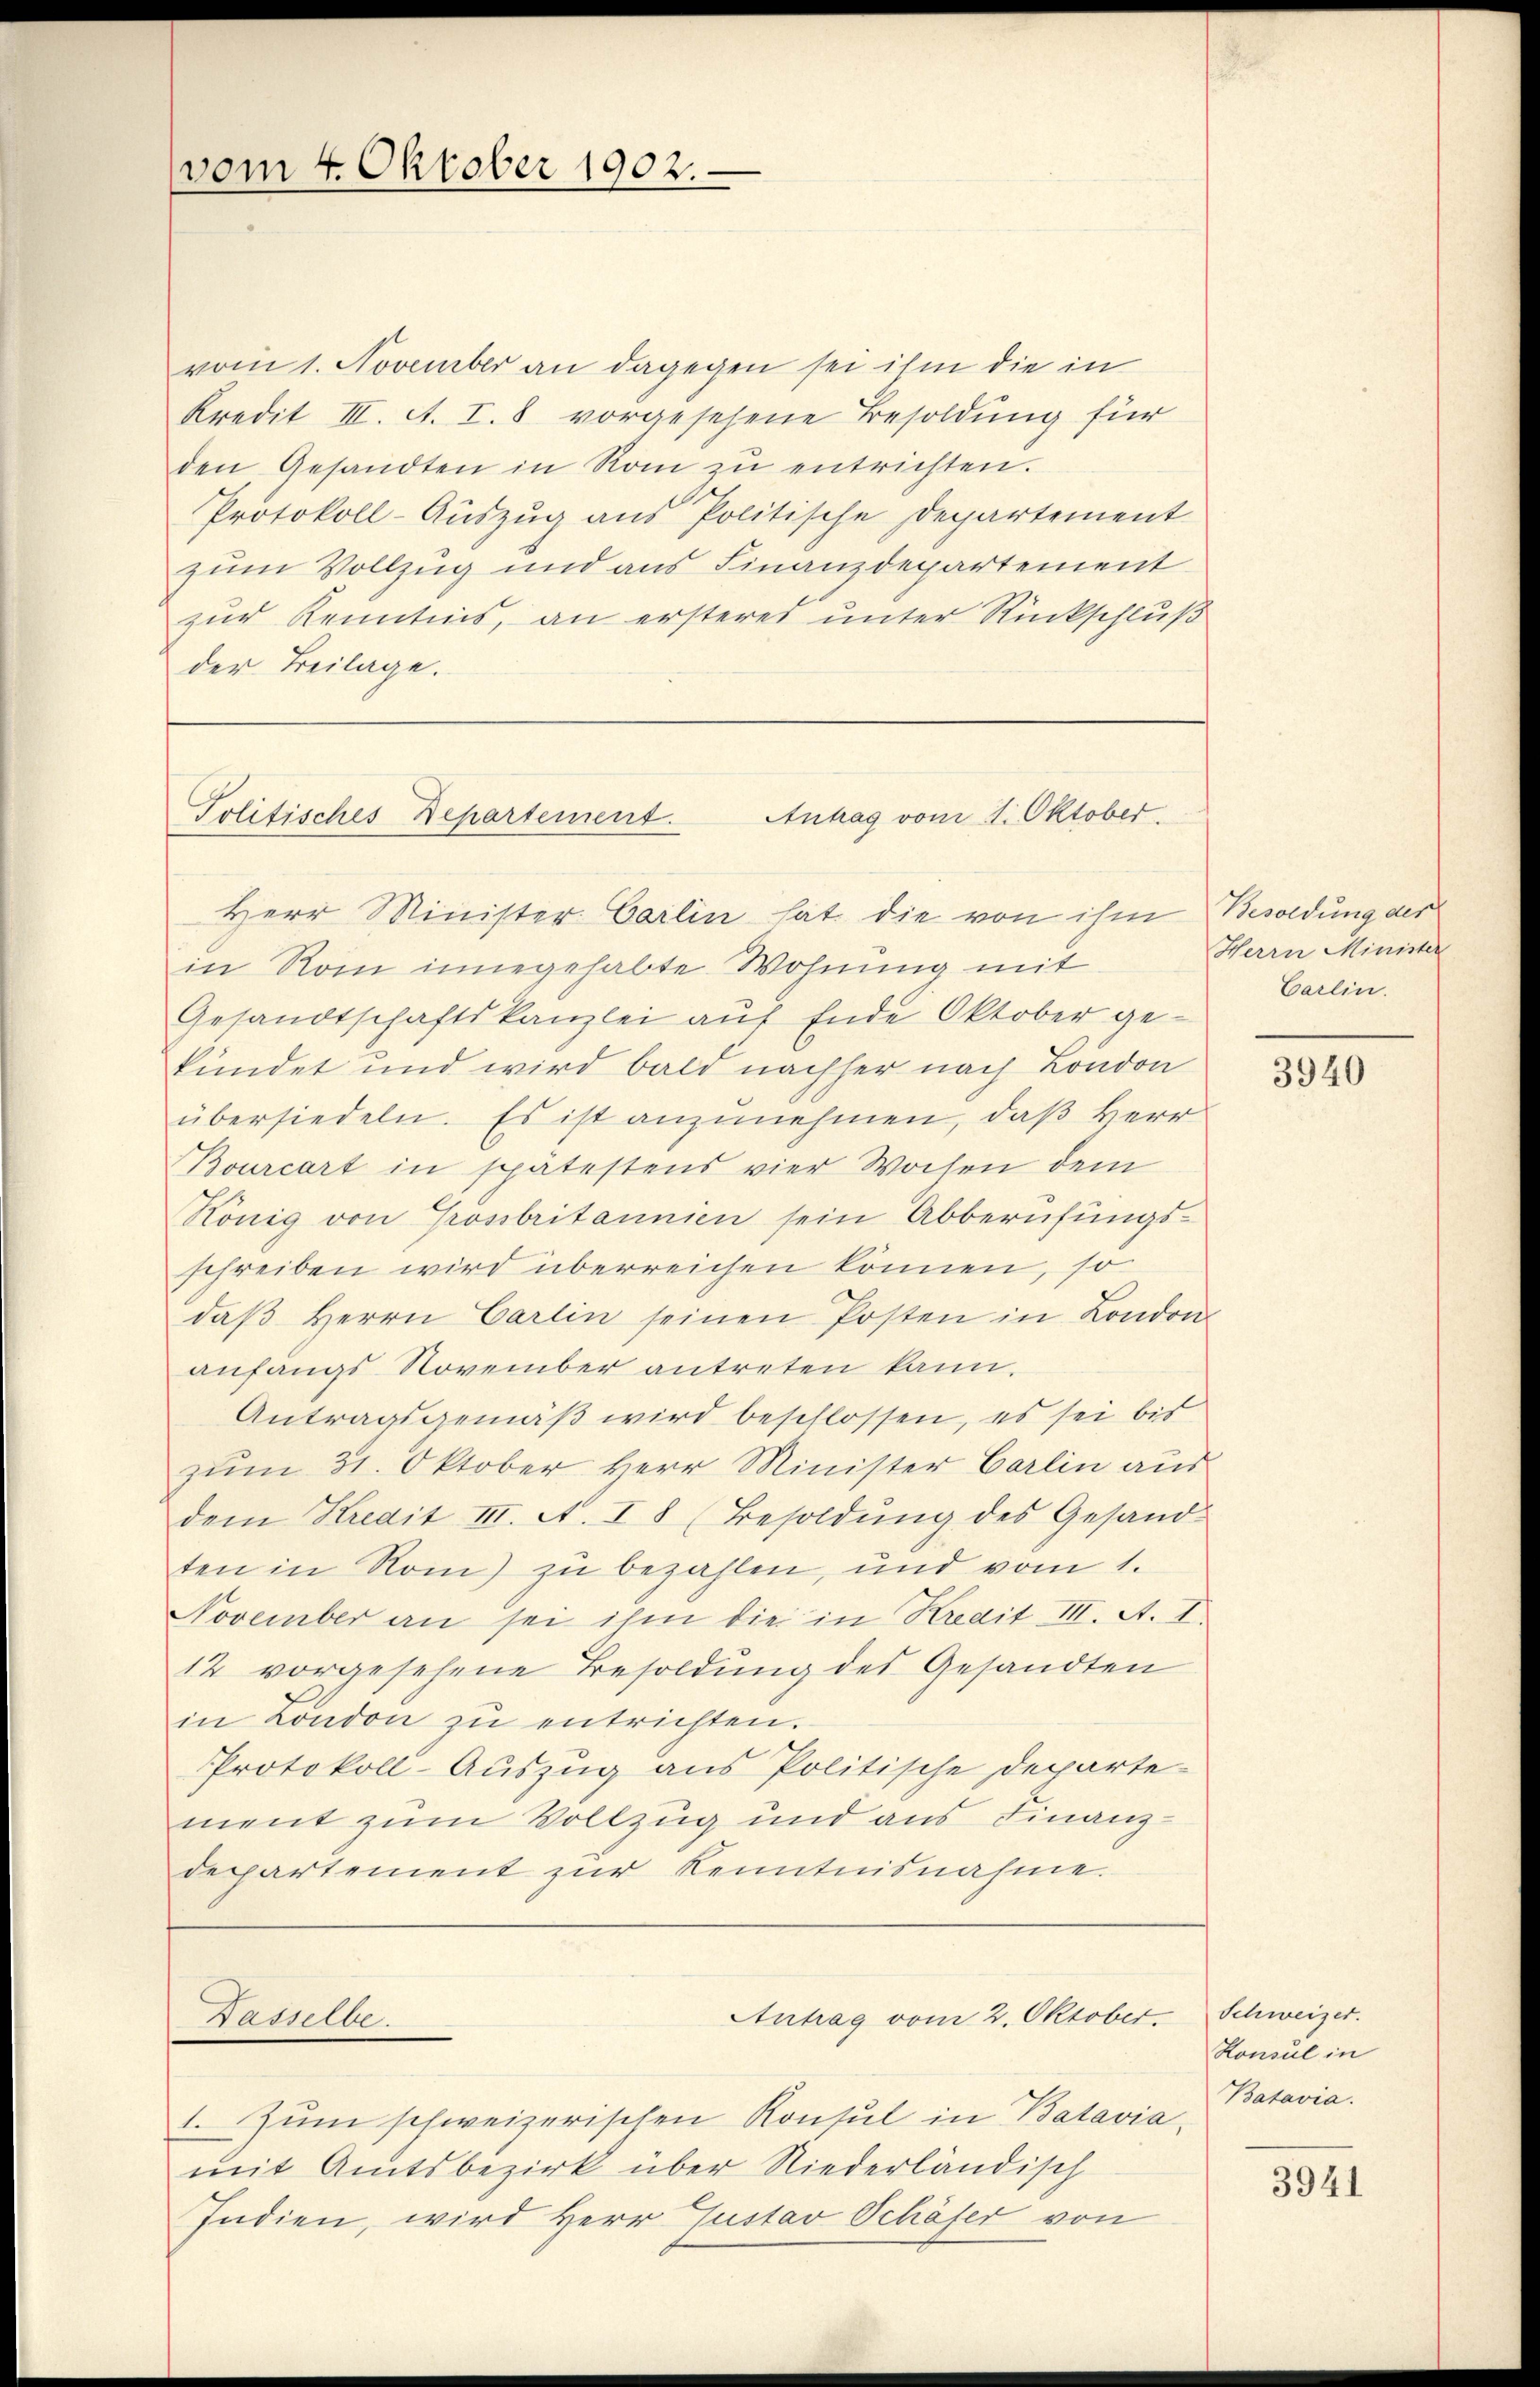
vom 1. November an dagegen sei ihm die in
Kredit III. A. I. 8 vorgesehene Besoldung für
den Gesandten in Rom zŭ entrichten.
Protokoll-Aŭszŭg ans Politische Departement
zum Vollzug und aus Finanzdepartement
zur Kenntnis, an ersteres unter Rückschluß
der Beilage.

vom 4. Oktober 1902.

Antrag vom 1. Oktober.
Politisches Departement.
Herr Minister Carlin hat die von ihm Besoldung der

in Rom innegehabte Wohnung mit
Gesandtschaftskanzlei auf Ende Oktober ge-
kündet und wird bald nachher nach London
übersiedeln. Es ist anzunehmen, daß Herr
Bourcart in spätestens vier Wochen dem
König von Grossbritannien sein Abberufungsschreiben wird überreichen können, so
daβ Herrn Carlin seinen Posten in London
anfangs November antreten kann.
Antragsgemäß wird beschlossen, es sei bis
zum 31. Oktober Herr Minister Carlin aus
dem Kredit III. A. I 8 (Besoldŭng des Gesand-
ten in Rom) zu bezahlen, und vom 1.
November an sei ihm die in Kredit III. A. I
12 vorgesehene Besoldung des Gesandten
in London zŭ entrichten.
Protokoll-Auszug aus Politische Departe
ment zum Vollzug und aus Finanzdepartement zur Kenntnisnahme.

Hasselbe

Antrag vom 2. Oktober

1. Zum schweizerischen Konsul in Batavia
mit Amtsbezirk über Niederländisch
Indien, wird Herr Justav Schäfer von

Herrn Minister
Carlin.

3940

Schweizer.
Honsul in
Batavia.

3941